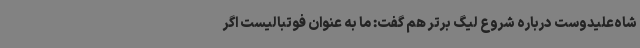
شاه‌علیدوست درباره شروع لیگ برتر هم گفت: ما به عنوان فوتبالیست اگر